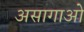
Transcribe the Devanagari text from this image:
असागाओ